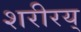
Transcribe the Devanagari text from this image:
शरीरय्